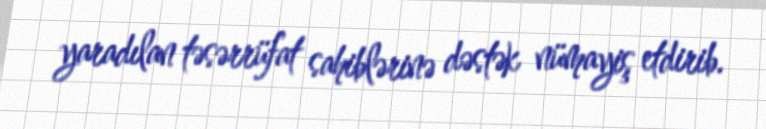
yaradılan təsərrüfat sahiblərinə dəstək nümayiş etdirib.